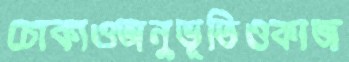
চোকাওঅনুভূতিওকাজ